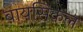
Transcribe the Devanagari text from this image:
बायसिकल